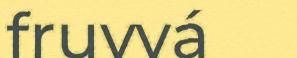
fruvvá